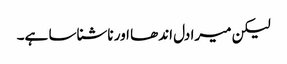
لیکن میرا دل اندھا اور ناشناسا ہے۔